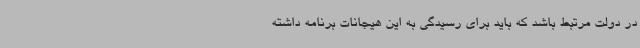
در دولت مرتبط باشد که باید برای رسیدگی به این هیجانات برنامه داشته